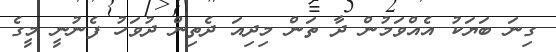
ގިނަ ބަޔަކު އެއްވަމުން ދާ ތަން މިދިއަ ދެތިން ދުވަހު ފެނުނީ މީގެ